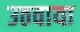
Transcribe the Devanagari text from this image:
उठवाया